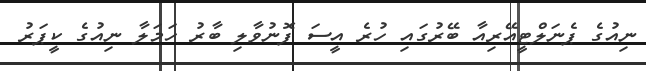
ނިއުގެ ޕެނަލްޓީއޭރިއާ ބޭރުގައި ހުރެ އީސަ ފޮނުވާލި ބާރު ހަމަލާ ނިއުގެ ކީޕަރު